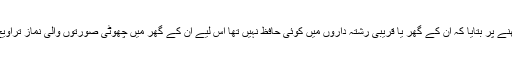
عبد الرحمٰن نے پوچھنے پر بتایا کہ ان کے گھر یا قریبی رشتہ داروں میں کوئی حافظ نہیں تھا اس لیے ان کے گھر میں چھوٹی صورتوں والی نماز تراویح ادا کی جا رہی ہے۔